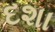
દશા